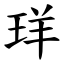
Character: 珜